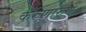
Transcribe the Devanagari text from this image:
करुणारुण